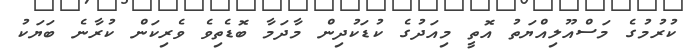
ކުރުމުގެ މަސްއޫލިއްޔަތު އޮތީ މިއަދުގެ ކުޑަކުދިން މާދަމާ ބޮޑެތިވެ ވެރިކަން ކުރާނެ ބަޔަކު